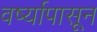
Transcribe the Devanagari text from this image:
वर्ष्यापासून